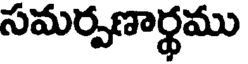
సమర్పణార్థము